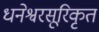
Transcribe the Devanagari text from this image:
धनेश्वरसूरिकृत